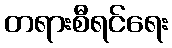
တရားစီရင်ရေး